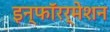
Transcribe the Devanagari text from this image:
इन्फाॅरर्मेशन